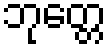
ဘုတ္တေ